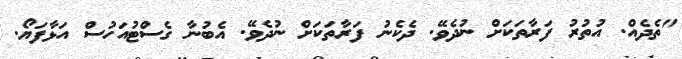
"ތެދެއް. އުތުރު ފަރާތަކަށް ނުދެވޭ. ދެކެނު ފަރާތަކަށް ނުދެވޭ. އެބުނާ ގެސްޓުއަހުސް އަޅާފަޔޯ.